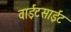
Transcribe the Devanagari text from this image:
वाईटसाईट